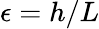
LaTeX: \epsilon=h/L